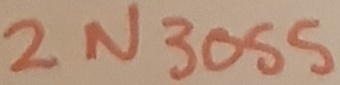
Text: 2N3055